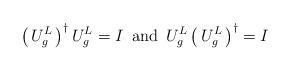
LaTeX: \begin{align*}\big( \, U^{L}_{g} \, \big)^\dagger \, U^{L}_{g} = I \,\,\, \textrm{and} \,\,\,U^{L}_{g} \, \big( \, U^{L}_{g} \, \big)^\dagger = I\end{align*}